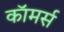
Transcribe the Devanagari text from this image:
काॅमर्स